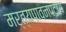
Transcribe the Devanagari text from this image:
मर्त्यपावनपदाय